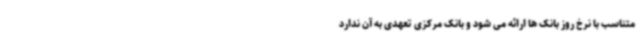
متناسب با نرخ روز بانک ها ارائه می شود و بانک مرکزی تعهدی به آن ندارد